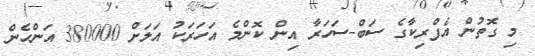
މި ގޮތުން އެފްރިކާގެ ސަބް-ސަހަރާ އިން ކޮންމެ އަހަރަކު އަލަށް 380000 އަންހެން